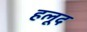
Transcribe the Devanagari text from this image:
हलूद